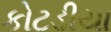
કોટડીયા